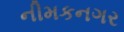
નીમકનગર